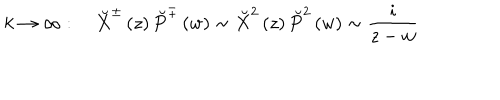
LaTeX: k \rightarrow \infty : \quad \breve { X } ^ { \pm } \left( z \right) \breve { P } ^ { \mp } \left( w \right) \sim \breve { X } ^ { 2 } \left( z \right) \breve { P } ^ { 2 } \left( w \right) \sim \frac i { z - w }